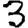
Digit: 3